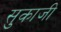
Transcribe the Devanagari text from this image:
सुकाजी